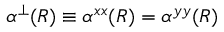
\alpha ^ { \perp } ( R ) \equiv \alpha ^ { x x } ( R ) = \alpha ^ { y y } ( R )